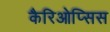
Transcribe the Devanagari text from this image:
कैरिओप्सिस